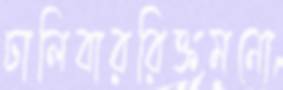
ঢালিবাররিক্তমনো